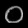
Digit: ၀